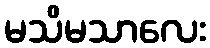
မသိမသာလေး